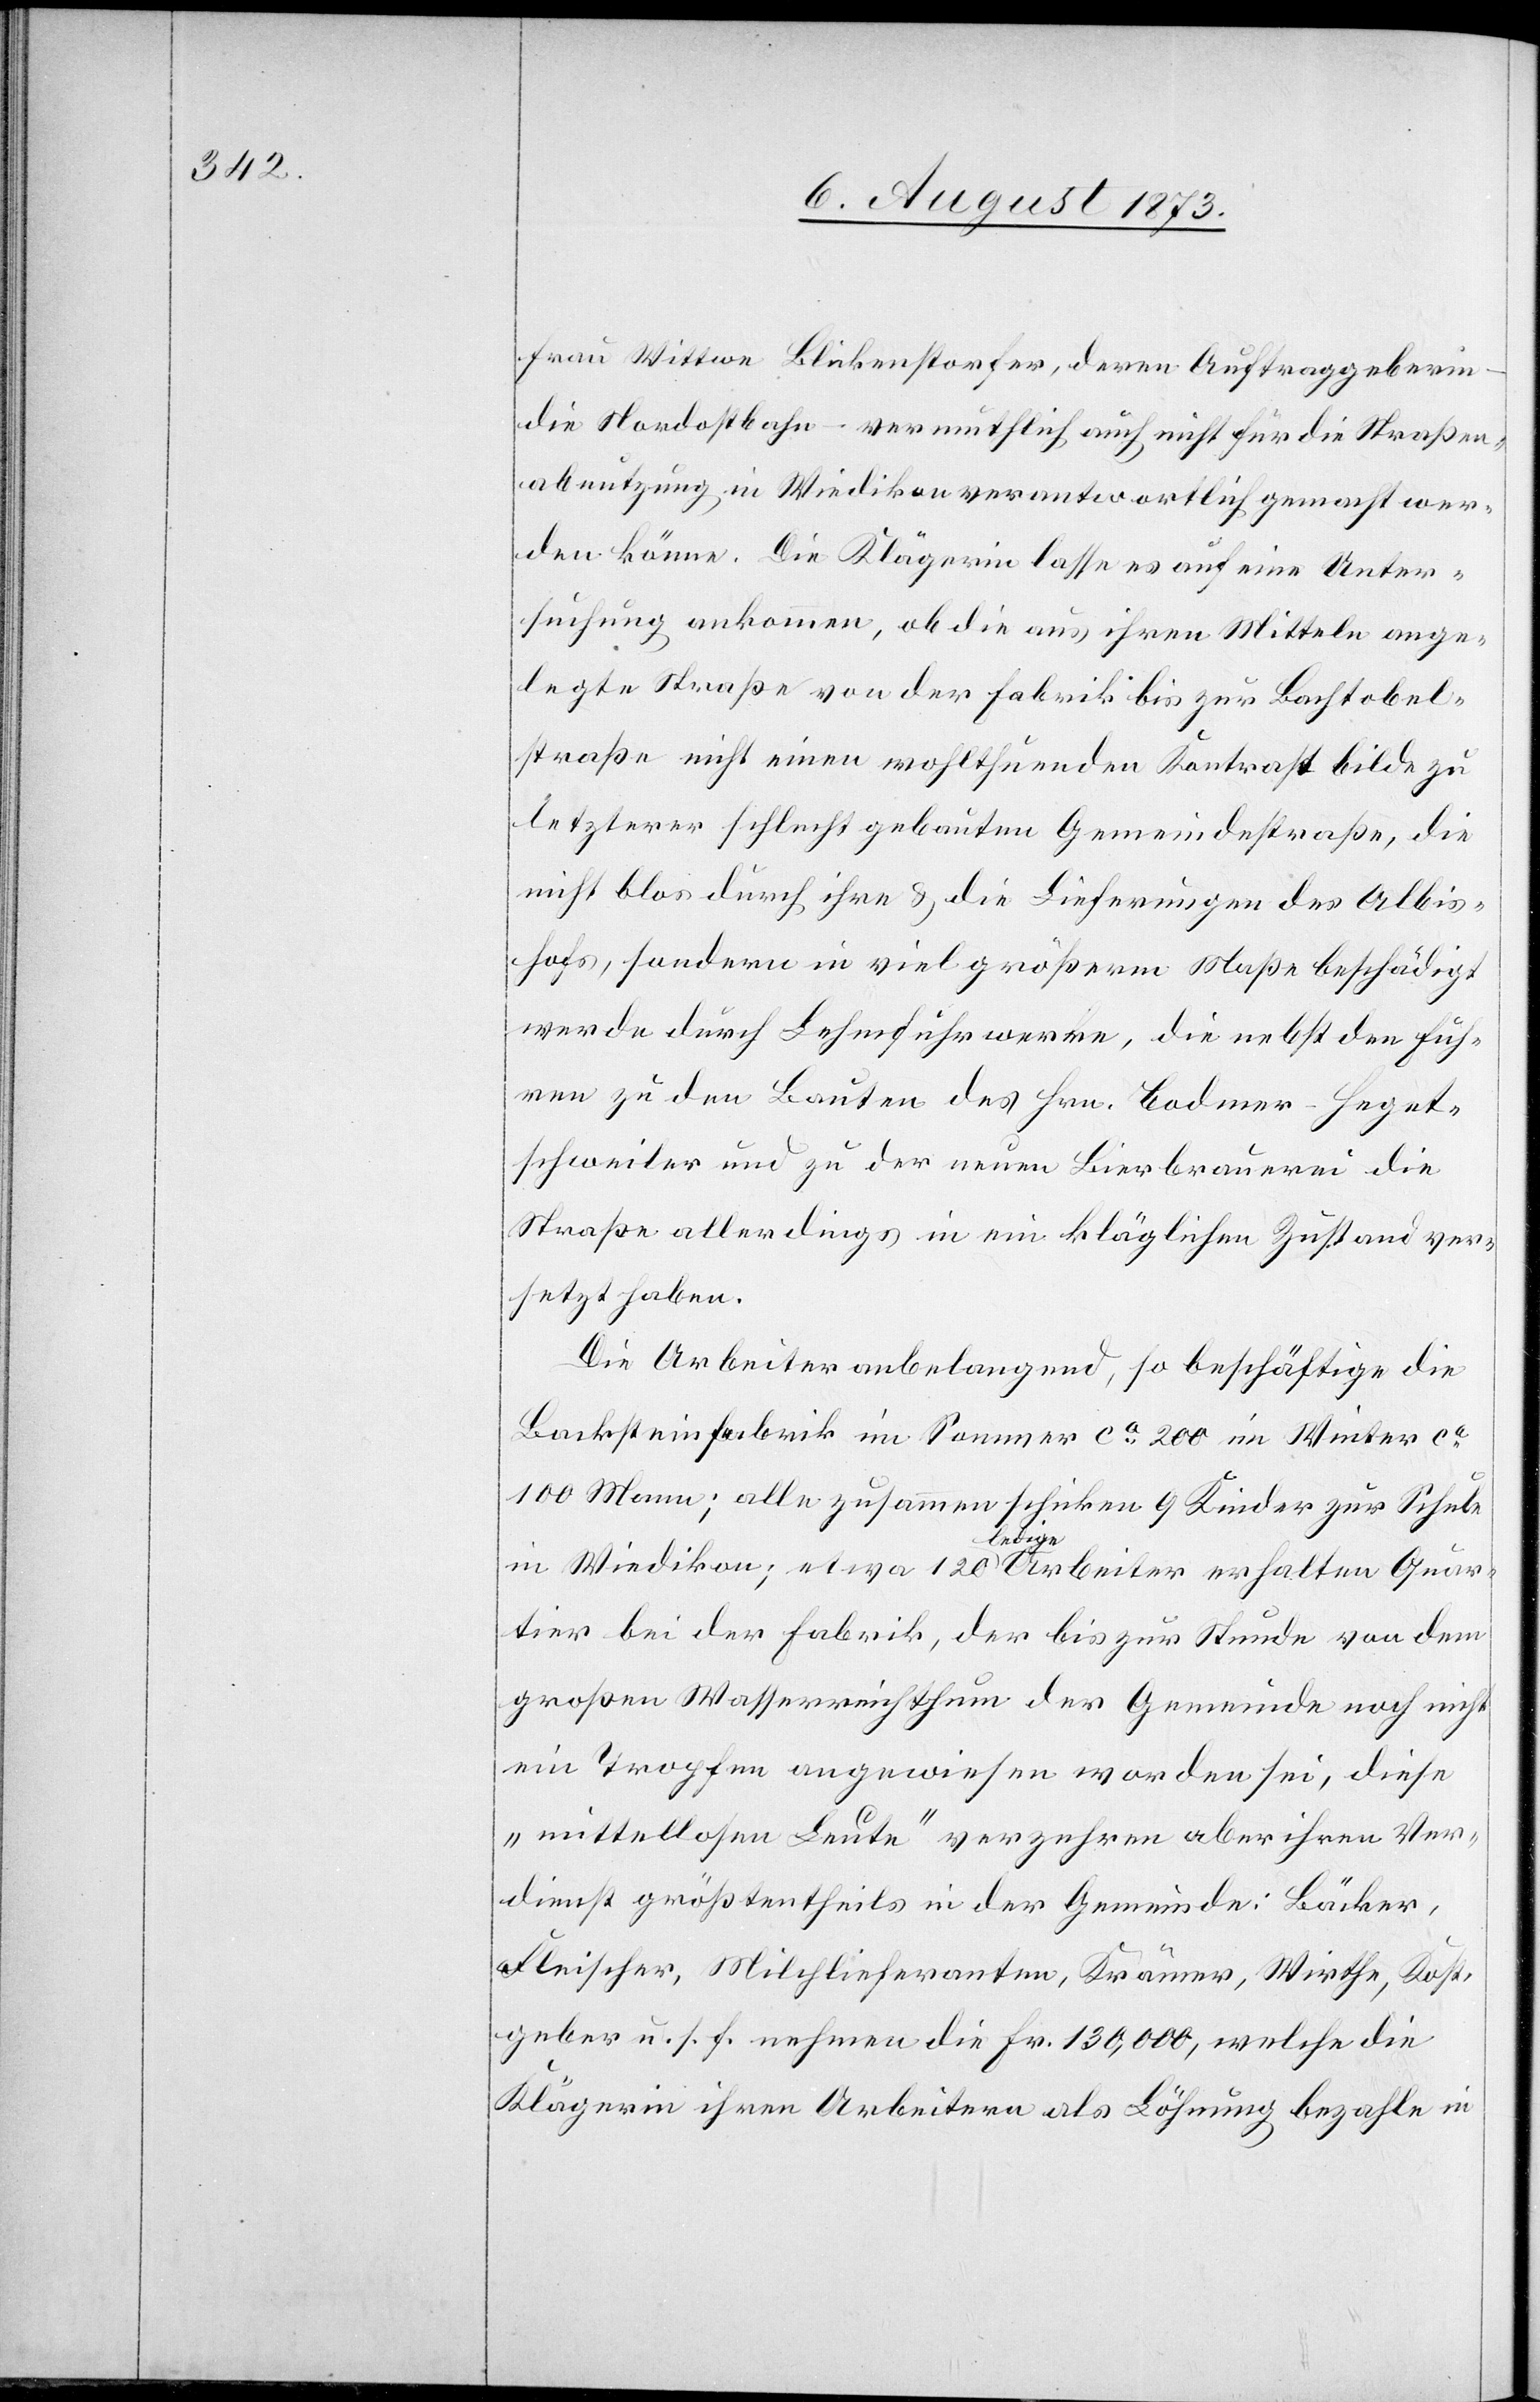
Frau Wittwe Blickenstorfer, deren Auftraggeberin
die Nordostbahn – vermuthlich auch nicht für die Straßen¬
abnutzung in Wiedikon verantwortlich gemacht wer¬
den könne. Die Klägerin lasse es auf eine Unter¬
suchung ankommen, ob die aus ihren Mitteln ange¬
legte Straße von der Fabrik bis zur Bachtobel¬
straße nicht einen wohlthuenden Kontrast bilde zu
letzterer schlecht gebauten Gemeindestraße, die
nicht blos durch ihre & die Lieferungen des Albis¬
hofes, sondern in viel größerm Maße beschädigt
werde durch Lehmfuhrwerke, die nebst den Fuh¬
ren zu den Bauten des Hrn. Bodmer-Heget¬
schweiler und zu der neuen Bierbrauerei die
Straße allerdings in ein [sic!] kläglichen Zustand ver¬
setzt haben.
Die Arbeiter anbelangend, so beschäftige die
Backsteinfabrik im Sommer ca 200 im Winter ca
100 Mann; alle zusammen schicken 9 Kinder zur Schule
in Wiedikon; etwa 120 ledige Arbeiter erhalten Quar¬
tier bei der Fabrik, der bis zur Stunde von dem
großen Wasserreichthum der Gemeinde noch nicht
ein Tropfen angewiesen worden sei, diese
„mittellosen Leute“ verzehren aber ihren Ver¬
dienst größtentheils in der Gemeinde: Bäcker,
Fleischer, Milchlieferanten, Krämer, Wirthe, Kost¬
geber u. s. f. nehmen die Fr. 130,000, welche die
Klägerin ihren Arbeitern als Löhnung bezahle in